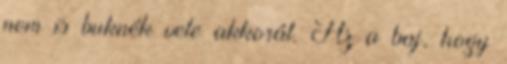
nem is buknék vele akkorát. Az a baj, hogy